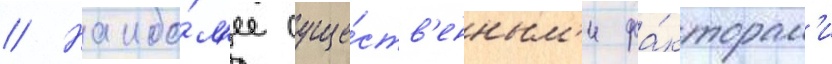
// Наибо́л'ее суще́ств'енным'и фа́кторам'и